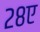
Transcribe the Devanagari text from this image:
२८ए